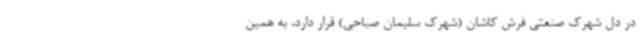
در دل شهرک صنعتی فرش کاشان (شهرک سلیمان صباحی) قرار دارد، به همین